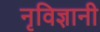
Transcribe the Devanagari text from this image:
नृविज्ञानी